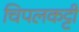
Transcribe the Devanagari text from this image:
चिपलकट्टी